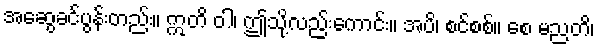
အဆွေခင်ပွန်းတည်း။ ဣတိ ဝါ၊ ဤသို့လည်းကောင်း။ အပိ၊ စင်စစ်။ စေ မညတိ၊